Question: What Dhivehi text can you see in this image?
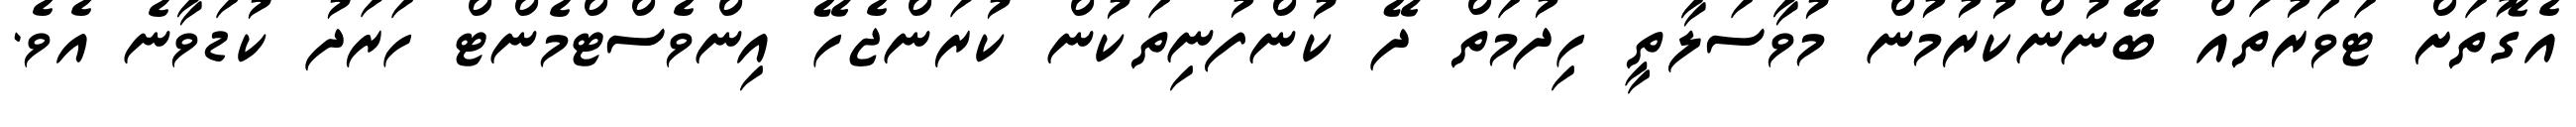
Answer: އެގޮތަށް ޓަވަރުތައް ބޭނުންކުރުމުން މުވާސަލާތީ ހިދުމަތް ދޭ ކުންފުނިތަކުން ކުރަންޖެހޭ އިންވެސްޓްމެންޓް ހަރަދު ކުޑަވާނެ އެވެ.